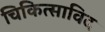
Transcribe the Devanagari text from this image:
चिकित्साविद